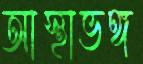
আস্থাভঙ্গ